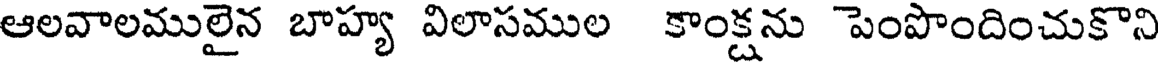
ఆలవాలములైన బాహ్య విలాసముల కాంక్షను పెంపొందించుకొని